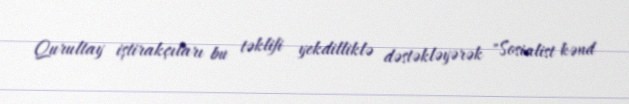
Qurultay iştirakçıları bu təklifi yekdilliklə dəstəkləyərək "Sosialist kənd